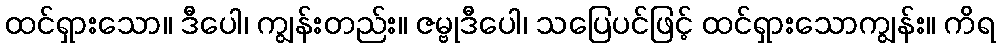
ထင်ရှားသော။ ဒီပေါ၊ ကျွန်းတည်း။ ဇမ္ဗုဒီပေါ၊ သပြေပင်ဖြင့် ထင်ရှားသောကျွန်း။ ကိရ